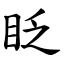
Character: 眨